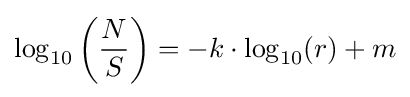
\log _{10}\left({\frac {N}{S}}\right)=-k\cdot \log _{10}(r)+m